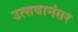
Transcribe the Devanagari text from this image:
उत्सवानंतर